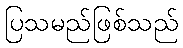
ပြသမည်ဖြစ်သည်